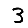
Digit: 3